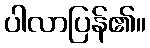
ပါလာပြန်၏။